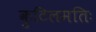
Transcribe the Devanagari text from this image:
कुटिलमतिः